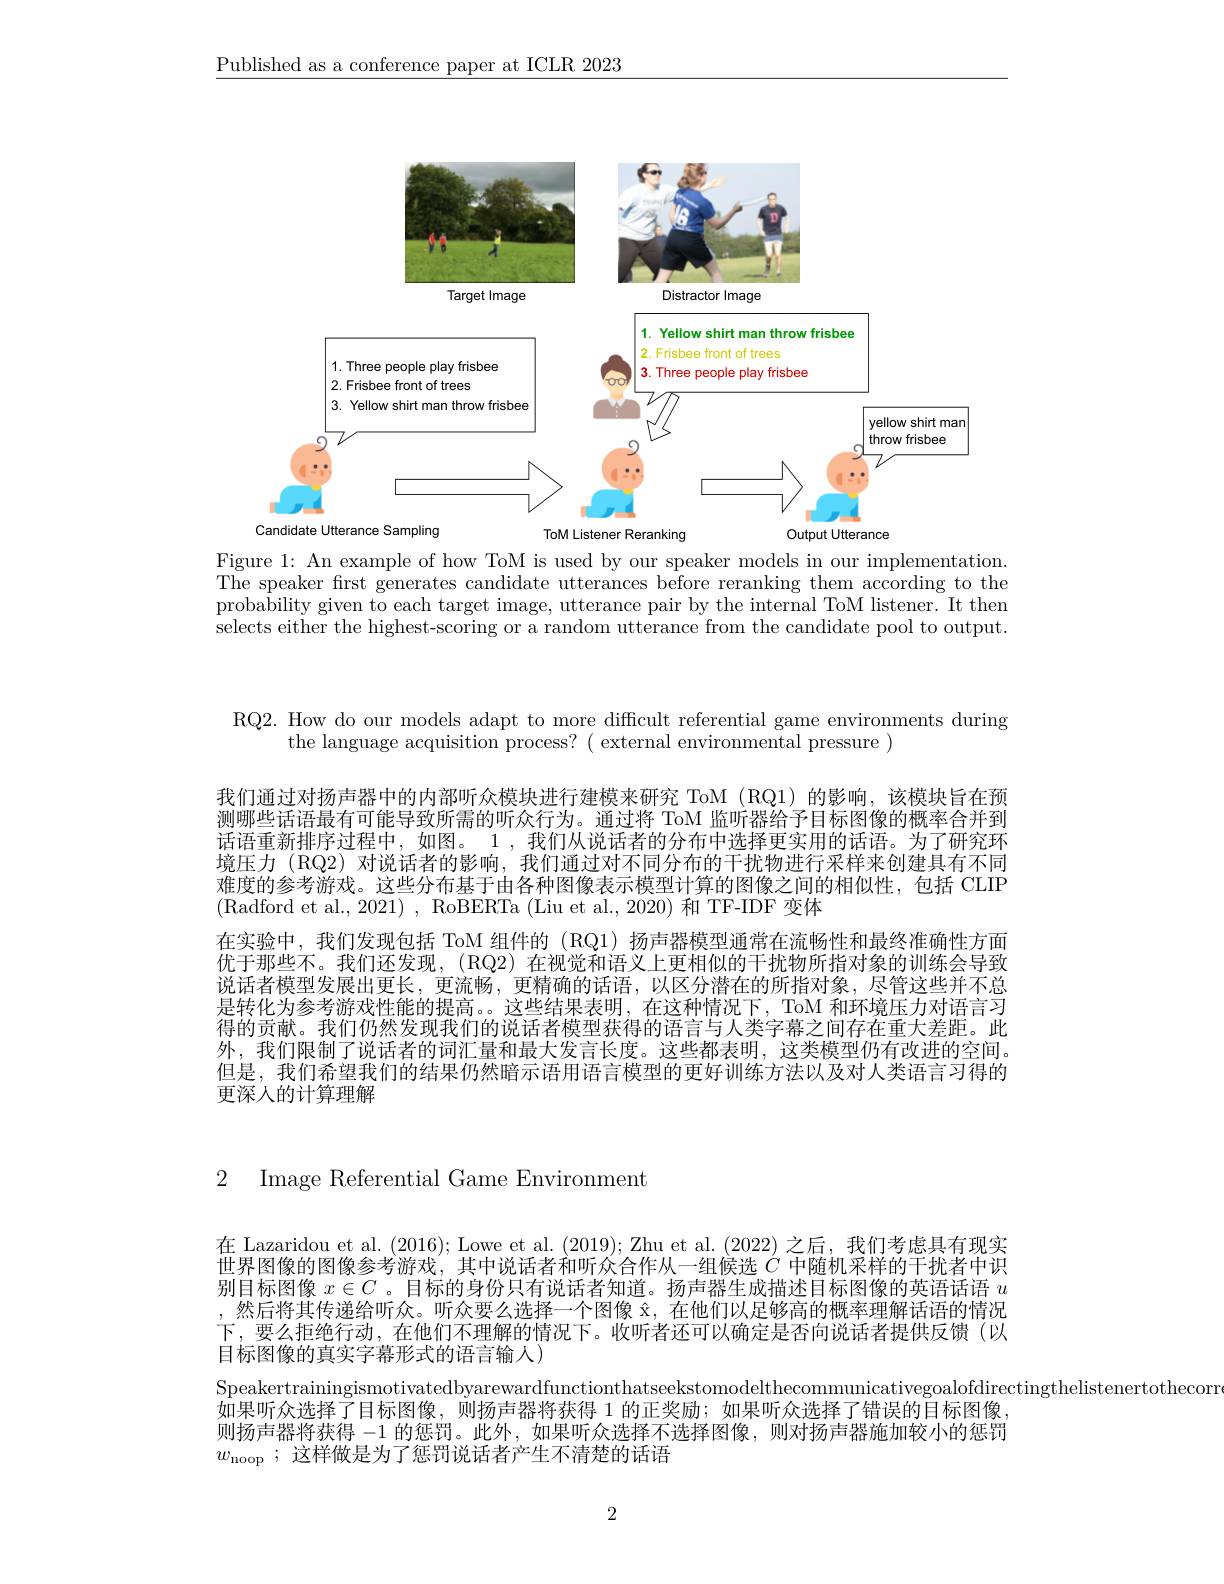
$\underline{\text{Published as a conference paper at ICLR 2023}}$

<FigureHere>
Output Utterance

Figure 1: An example of how ToM is used by our speaker models in our implementation. The speaker first generates candidate utterances before reranking them according to the probability given to each target image, utterance pair by the internal ToM listener. It then selects either the highest-scoring or a random utterance from the candidate pool to output.

RQ2. How do our models adapt to more diffcult referential game environments during
the language acquisition process? ( external environmental pressure )

我们通过对扬声器中的内部听众模块进行建模来研究 ToM (RQ1)的影响，该模块旨在预测哪些话语最有可能导致所需的听众行为。通过将 ToM 监听器给予目标图像的概率合并到话语重新排序过程中，如图。1 , 我们从说话者的分布中选择更实用的话语。为了研究环境压力 (RQ2) 对说话者的影响，我们通过对不同分布的干扰物进行采样来创建具有不同难度的参考游戏。这些分布基于由各种图像表示模型计算的图像之间的相似性，包括 CLIP (Radford et al., 2021) , RoBERTa (Liu et al., 2020) 和 TF-IDF 变体
在实验中，我们发现包括 ToM 组件的(RQ1)扬声器模型通常在流畅性和最终准确性方面优于那些不。我们还发现，(RQ2)在视觉和语义上更相似的干扰物所指对象的训练会导致说话者模型发展出更长，更流畅，更精确的话语，以区分潜在的所指对象，尽管这些并不总是转化为参考游戏性能的提高。。这些结果表明，在这种情况下，ToM 和环境压力对语言习得的贡献。我们仍然发现我们的说话者模型获得的语言与人类字幕之间存在重大差距。此外，我们限制了说话者的词汇量和最大发言长度。这些都表明，这类模型仍有改进的空间。但是，我们希望我们的结果仍然暗示语用语言模型的更好训练方法以及对人类语言习得的更深人的计算理解

2 Image Referential Game Environment

在 Lazaridou et al. (2016); Lowe et al. (2019); Zhu et al. (2022)之后，我们考虑具有现实世界图像的图像参考游戏，其中说话者和听众合作从一组候选$C$中随机采样的干扰者中识别目标图像$x\in C$ 。目标的身份只有说话者知道。扬声器生成描述目标图像的英语话语$u$ ,然后将其传递给听众。听众要么选择一个图像$\hat{\mathrm{x}}$,在他们以足够高的概率理解话语的情况下，要么拒绝行动，在他们不理解的情况下。收听者还可以确定是否向说话者提供反馈(以目标图像的真实字幕形式的语言输人)
Speakertrainingismotivatedbyarewardfunctionthatseekstomodelthecommunicativegoalofdirectingthelistenertothecorr
如果听众选择了目标图像，则扬声器将获得 1 的正奖励；如果听众选择了错误的目标图像， 则扬声器将获得-1的惩罚。此外，如果听众选择不选择图像，则对扬声器施加较小的惩罚$w_\mathrm{noop}$;这样做是为了惩罚说话者产生不清楚的话语

2